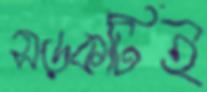
সড়কটিই